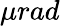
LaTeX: \mu rad